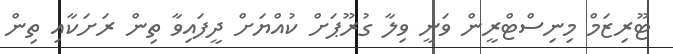
ޓޫރިޒަމް މިނިސްޓްރީން ވަނީ ވިލާ ގުރޫޕަށް ކުއްޔަށް ދީފައިވާ ތިން ރަށަކާއި ތިން